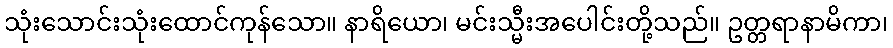
သုံးသောင်းသုံးထောင်ကုန်သော။ နာရိယော၊ မင်းသ္မီးအပေါင်းတို့သည်။ ဥတ္တရာနာမိကာ၊